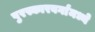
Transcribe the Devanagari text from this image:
पुरस्कारवर्गांमध्ये